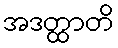
အဒတ္ထာတိ